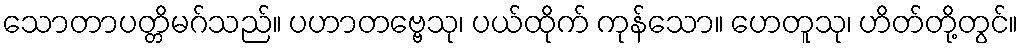
သောတာပတ္တိမဂ်သည်။ ပဟာတဗ္ဗေသု၊ ပယ်ထိုက် ကုန်သော။ ဟေတူသု၊ ဟိတ်တို့တွင်။